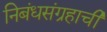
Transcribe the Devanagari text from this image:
निबंधसंग्रहाची